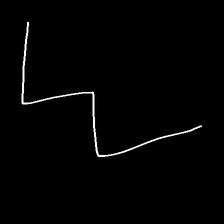
Glyph: crush